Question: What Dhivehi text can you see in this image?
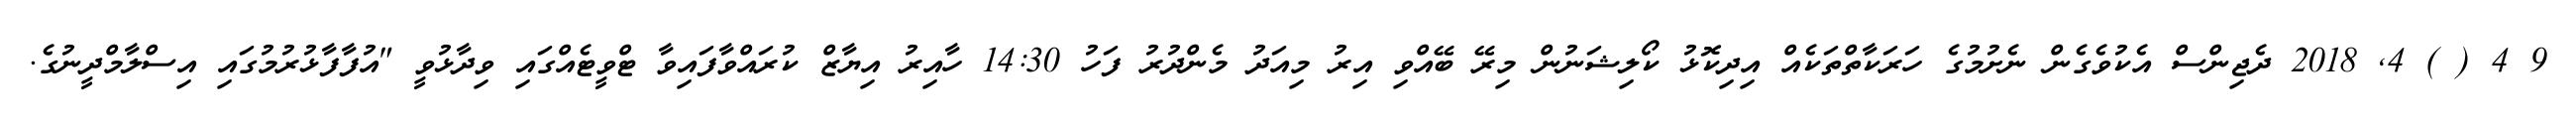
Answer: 9 4 ( ) 4, 2018 ދެޖިންސް އެކުވެގެން ނެށުމުގެ ހަރަކާތްތަކެއް އިދިކޮޅު ކޯލިޝަނުން މިރޭ ބޭއްވި އިރު މިއަދު މެންދުރު ފަހު 14:30 ހާއިރު އިޔާޒް ކުރައްވާފައިވާ ޓްވީޓެއްގައި ވިދާޅުވީ "އުފާފާޅުރުމުގައި އިސްލާމްދީނުގެ.